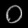
Digit: ၀